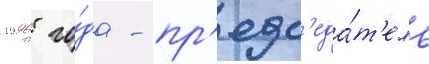
1996 го́да - пр'едс'еда́т'ель